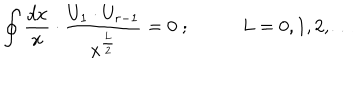
\oint \frac { d x } { x } \cdot \frac { U _ { 1 } \cdot U _ { r - 1 } } { x ^ { \frac { L } { 2 } } } = 0 \; ; \; L = 0 , 1 , 2 , \ldots